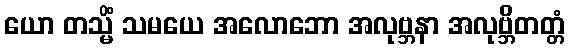
ယော တသ္မိံ သမယေ အလောဘော အလုဗ္ဘနာ အလုဗ္ဘိတတ္တံ